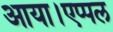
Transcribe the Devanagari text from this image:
आया।एप्पल